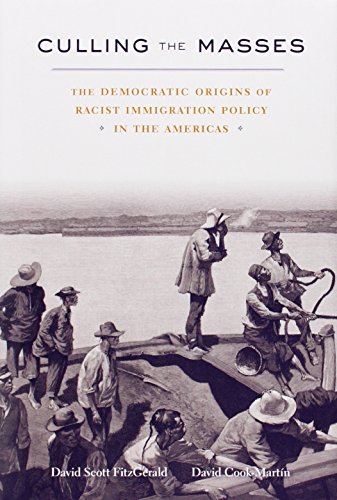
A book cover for Culling the Masses: The Democratic Origins of Racist Immigration Policy in the Americas; David FitzGerald; Law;